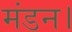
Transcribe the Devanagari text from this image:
मंडन।